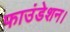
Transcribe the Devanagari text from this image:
फाउंडेशन।